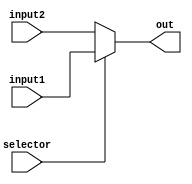
`timescale 1ns / 1ps

module mux(

	input [31:0] input1, 
	input [31:0] input2,
	input selector,
	output [31:0] out
	
	);
	
	assign out = selector ? input1 : input2;

endmodule